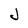
Character: J